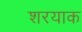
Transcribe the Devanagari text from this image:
शरयाक